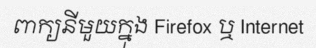
ពាក្យនីមួយក្នុង Firefox ឬ Internet